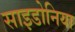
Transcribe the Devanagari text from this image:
साइडोनिया